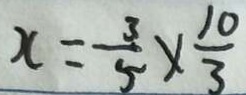
x = \frac { 3 } { 5 } \times \frac { 1 0 } { 3 }